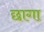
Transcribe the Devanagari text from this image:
छागा